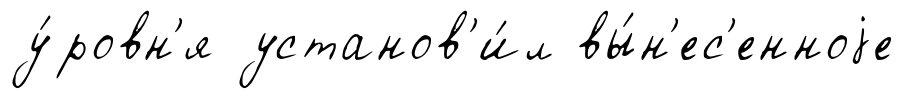
у́ровн'я установ'и́л вы́н'ес'енноjе